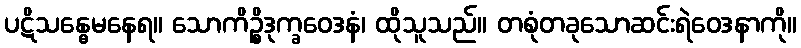
ပဋိသန္ဓေမနေရ။ သောကိဉ္စိဒုက္ခဝေဒနံ၊ ထိုသူသည်။ တစုံတခုသောဆင်းရဲဝေဒနာကို။